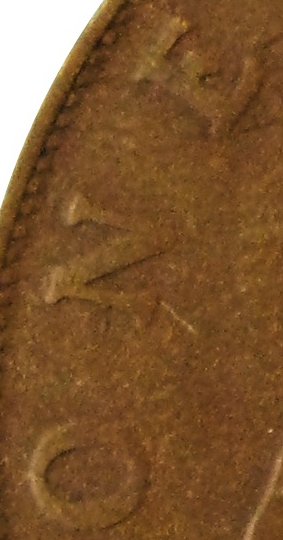
ONE